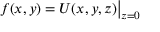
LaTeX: f ( x , y ) = U ( x , y , z ) { \big | } _ { z = 0 }